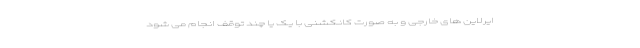
ایرلاین های خارجی و به صورت کانکشنی با یک یا چند توقف انجام می شود